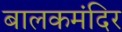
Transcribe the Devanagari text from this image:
बालकमंदिर